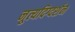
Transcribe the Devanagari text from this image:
नृ्त्यदिग्दर्शन